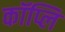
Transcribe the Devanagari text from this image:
कॉप्लि